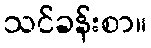
သင်ခန်းစာ။